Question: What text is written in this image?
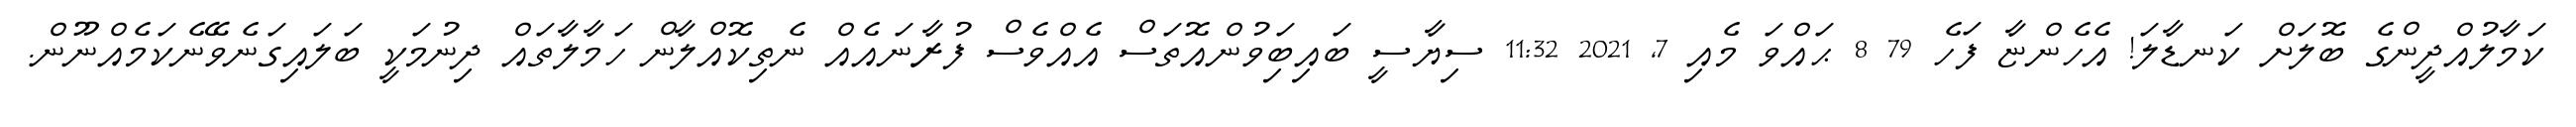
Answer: ކަމާލުއްދީންގެ ބޮލަށް ކަނޑާލަ! އެހެންޏާ ފަހެ 79 8 ޙައްވަ މެއި 7, 2021 11:32 ސިޔާސީ ބައިބަިވުންއޮތަސް އެއްވެސް ފުރާނައެއް ނެތިކޮއްލާން ހަމާލާތައް ދިނުމަކީ ބަލައިގަނެވޭނެކަމެއްނޫން.